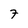
Character: 7